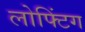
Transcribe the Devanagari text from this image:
लोफ्टिंग